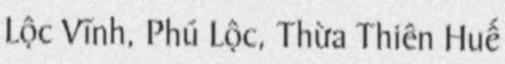
Lộc Vĩnh, Phú Lộc, Thừa Thiên Huế